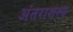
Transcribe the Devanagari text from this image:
अंतराशस्य